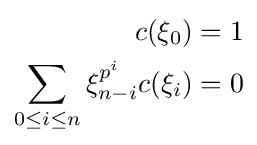
{\begin{aligned}c(\xi _{0})&=1\\\sum _{0\leq i\leq n}\xi _{n-i}^{p^{i}}c(\xi _{i})&=0\end{aligned}}